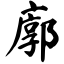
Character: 廓